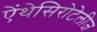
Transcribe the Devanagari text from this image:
ऐंथेसिरोटेलीज